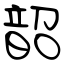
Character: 韶